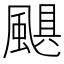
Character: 颶